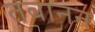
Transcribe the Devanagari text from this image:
तबानन